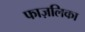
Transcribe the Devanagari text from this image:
फाज़लिका